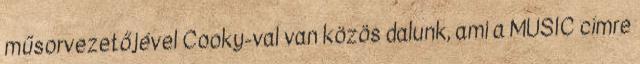
műsorvezetőjével Cooky-val van közös dalunk, ami a MUSIC címre